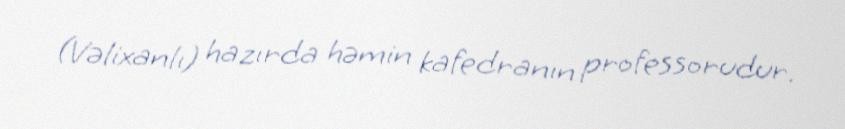
(Vəlixanlı) hazırda həmin kafedranın professorudur.